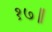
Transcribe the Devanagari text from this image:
१७॥